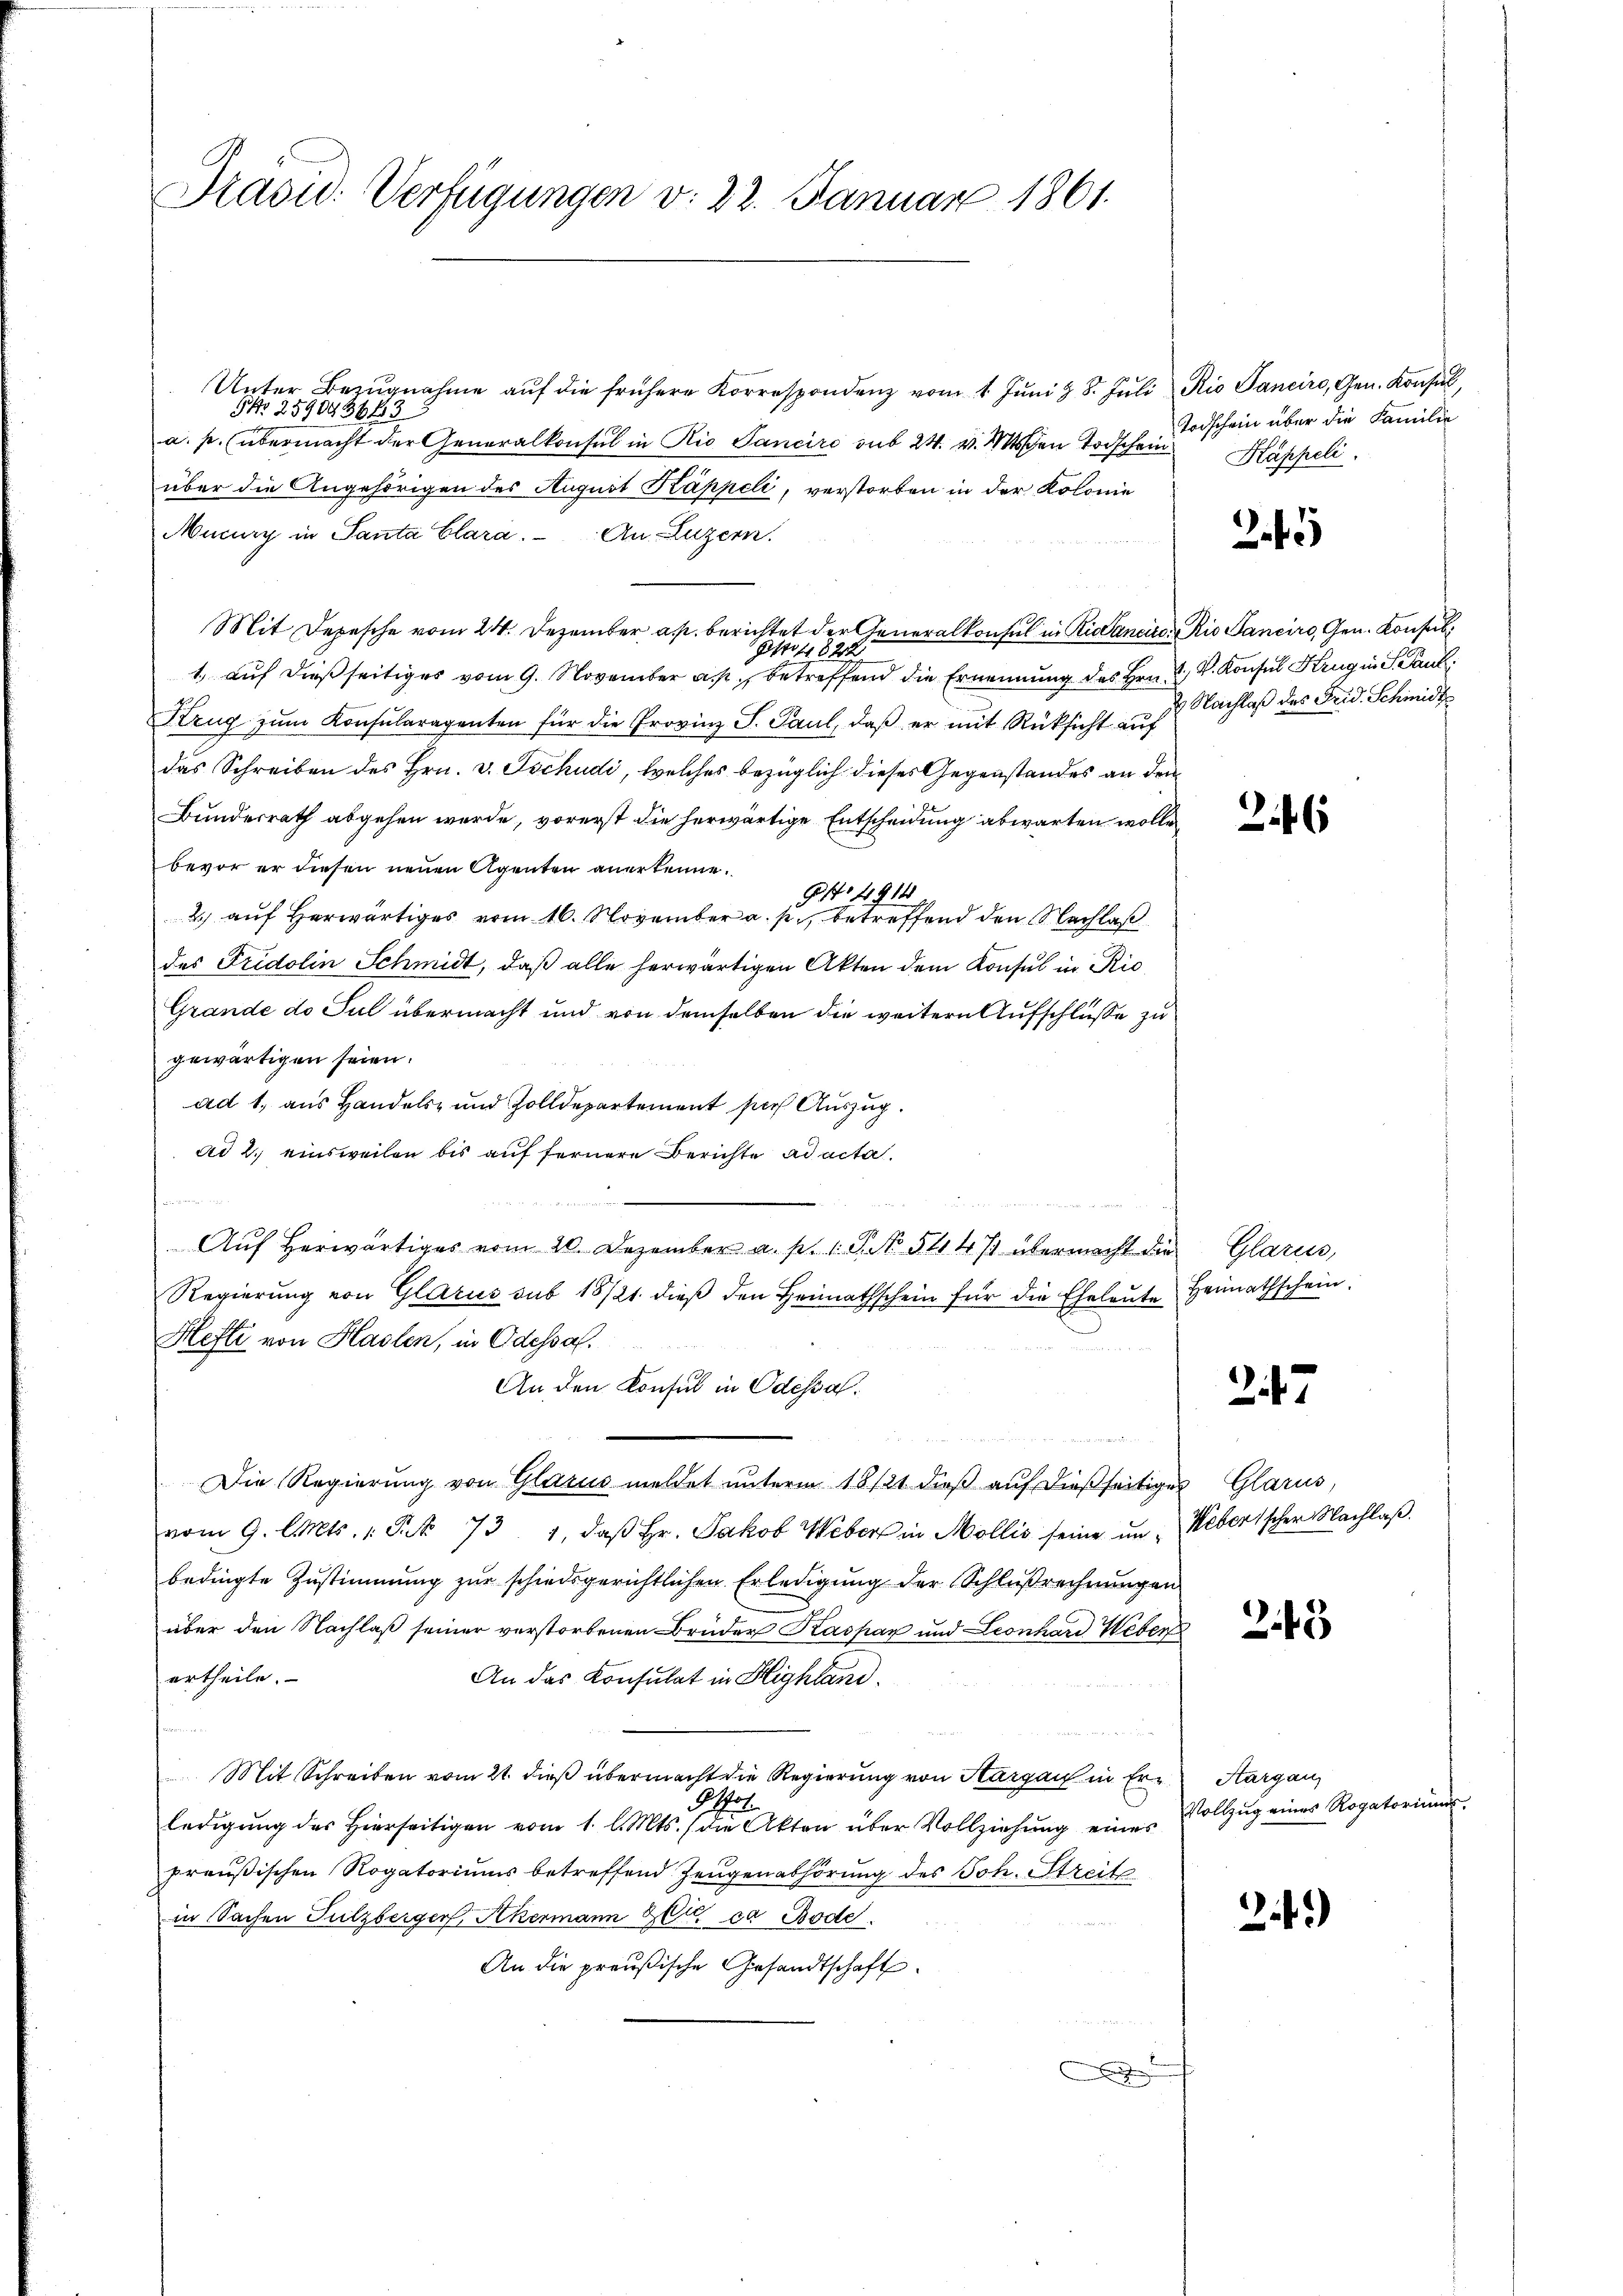
Präsid. Verfügungen v. 22. Januar 1861.

Unter Bezŭgnahme aŭf die frühere Korrespondenz vom 1. Jŭni & 8. Jŭli Kio Janeiro, Gen. Konsŭl
G. 259043643
a. p. übermacht der Generalkonsul in Rio Sancire sub 24. v. Moden Todschein
über die Angehörigen des August Kappeli, verstorben in der Kolonie
Mucary in Santa Clara. An Luzern.
Mit Depesche vom 24. Dezember a. p. berichtet der Generalkonsul in Rissanciren Rio Sancirs, Gen. Konsul
Asti 1828
1. auf dießseitiges vom 9. November a. p. betreffend die Ernennung des Hrn. R. V. Konsul Krug in S. Paul
Kzŭg zŭm Konsularagenten für die Provinz S. Paul, daβ er mit Rüksicht aŭf
das Schreiben des Hrn. v. Tschudi, welches bezüglich dieses Gegenstandes an den
Bundesrath abgehen werde, vorerst die herwärtige Entscheidung abwarten wolle
bevor er diesen neuen Agenten anerkenne.
1 1914
2) auf Herwärtiges vom 16. November a. p., betreffend den Nachlaß
des Fridolin Schmidt, daß alle herwärtigen Akten dem Konsul in Ric
Grande do Jul übermacht und von demselben die weitern Aufschluße zu
gewärtigen seien.
ad 1., aus Handels- und Zolldepartement sich Auszug.
ad 2. einsweilen bis auf fernere Berichte ad acta
Aŭf herwärtiges vom 20. Dezember a. p. 1. P. Nr. 511474 übermacht die Glarus,
Regierung von Glarus sub 18/21. dieß den Heimathschein für die Eheleute Heimathschein.
Hefti von Haslen, in Odessal.
n
An den Konsul in Odessa.
Die Regierung von Glarus meldet unterm 18 121 dieß auf dießseitiges Glarus,
vom 9. Cts. 1. P. Nr. 73. 1, daβ hr. Jakob Weber in Mollis seine in Weberischer Nachlaß
bedingte Zustimmung zur schiedsgerichtlichen Erledigung der Schlußrechnungen
über den Nachlaß seiner verstorbenen Brüder Kaspar und Leonhard Weber
ertheile.
An das Konsulat in Highland.
n
Mit Schreiben vom 21. dieß übermacht die Regierung von Aargau in Er¬ Aargau,
Got
ledigung des Hierseitigen vom 1. l. Mts. (die Akten über Vollziehung eines
preußischen Rogatoriums betreffend Zeugenabhörung des Joh. Streit
in Sachen Sulzberger, Akermann 20t ca Bode
An die preußische Gesandtschaft.
A

Todschein über die Familie
Kappeli.

2.45

2 Nachlaß des Frid. Schmidt

26

247

245

Vollzug eines Rogatorium

24)